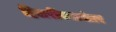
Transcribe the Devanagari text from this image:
हिलरींच्यानंतर